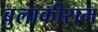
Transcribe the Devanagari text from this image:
बुलाकीराम